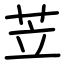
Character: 苙